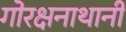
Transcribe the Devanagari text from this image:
गोरक्षनाथानी